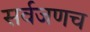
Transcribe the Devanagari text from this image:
सर्वजणच